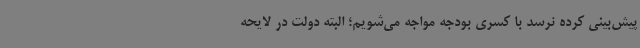
پیش‌بینی کرده نرسد با کسری بودجه مواجه می‌شویم؛ البته دولت در لایحه